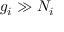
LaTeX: g _ { i } \gg N _ { i }